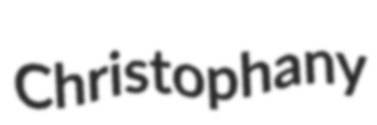
Christophany